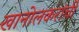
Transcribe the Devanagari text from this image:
खानोलकरांची